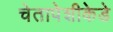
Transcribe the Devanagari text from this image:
चेतापेशीकेडे